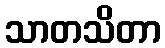
သာတသိတာ